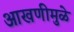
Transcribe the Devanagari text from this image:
आखणीमुळे